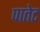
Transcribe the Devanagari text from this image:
पातेट